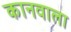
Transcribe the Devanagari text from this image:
कानवाला